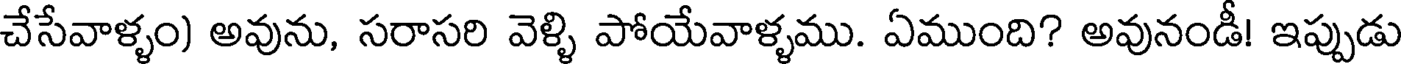
చేసేవాళ్ళం) అవును, సరాసరి వెళ్ళి పోయేవాళ్ళము. ఏముంది? అవునండీ! ఇప్పుడు